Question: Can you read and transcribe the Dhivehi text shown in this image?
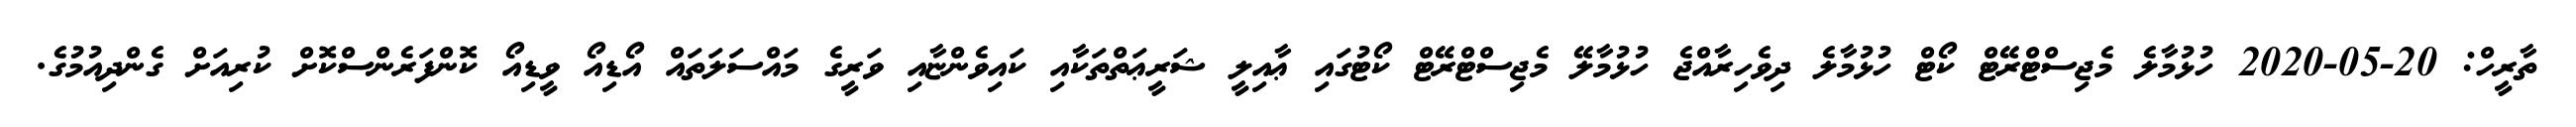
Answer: ތާރީހް: 20-05-2020 ހުޅުމާލެ މެޖިސްޓްރޭޓް ކޯޓް ހުޅުމާލެ ދިވެހިރާއްޖެ ހުޅުމާލޭ މެޖިސްޓްރޭޓް ކޯޓުގައި ޢާއިލީ ޝަރީޢަތްތަކާއި ކައިވެންޏާއި ވަރީގެ މައްސަލަތައް އޯޑިއޯ ވީޑިއޯ ކޮންފަރެންސްކޮށް ކުރިއަށް ގެންދިއުމުގެ.